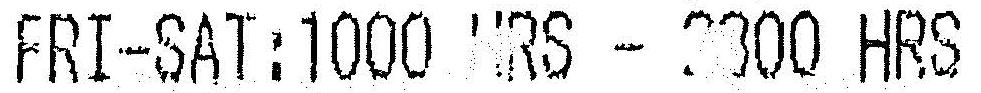
FRI-SAT:1000 RS - 2300 HRS